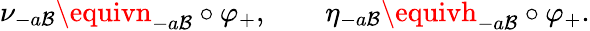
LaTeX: \nu_{-a\mathcal{B}}\equivn_{-a\mathcal{B}}\circ\varphi_{+},\qquad\eta_{-a\mathcal{B}}\equivh_{-a\mathcal{B}}\circ\varphi_{+}.